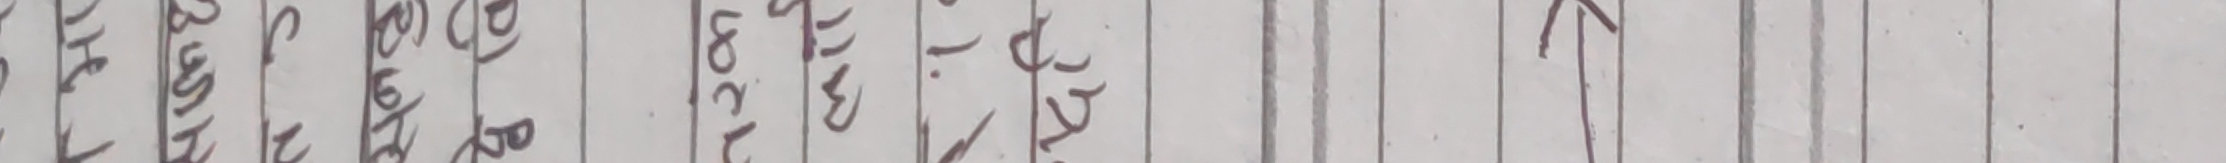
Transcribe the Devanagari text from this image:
अन्य
असेट
पद्धति
बजेट
जिम्मेवारी
१
२